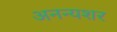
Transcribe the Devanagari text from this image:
अनन्यशर